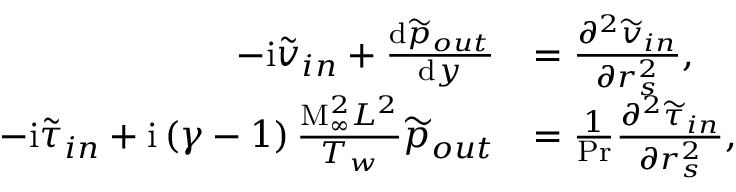
\begin{array} { r l } { - \mathrm { i } \widetilde { v } _ { i n } + \frac { \mathrm { d } \widetilde { p } _ { o u t } } { \mathrm { d } y } } & { = \frac { \partial ^ { 2 } \widetilde { v } _ { i n } } { \partial r _ { s } ^ { 2 } } , } \\ { - \mathrm { i } \widetilde { \tau } _ { i n } + \mathrm { i } \left( \gamma - 1 \right) \frac { \mathrm { M } _ { \infty } ^ { 2 } L ^ { 2 } } { T _ { w } } \widetilde { p } _ { o u t } } & { = \frac { 1 } { \mathrm { P r } } \frac { \partial ^ { 2 } \widetilde { \tau } _ { i n } } { \partial r _ { s } ^ { 2 } } , } \end{array}